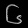
Digit: ၆